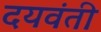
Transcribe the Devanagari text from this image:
दयवंती